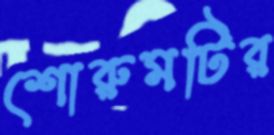
শোরুমটির